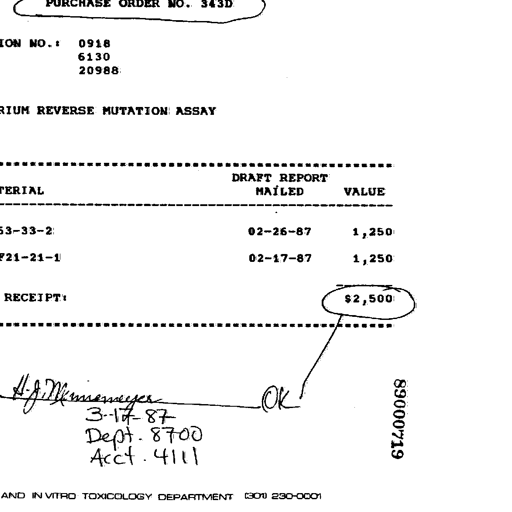
PURCHASE ORDER NO. 343D
ION NO.: 0918
6130
20988
RIUM REVERSE MUTATION ASSAY
DRAFT REPORT
TERIAL MAILED VALUE
53-33-2 02-26-87 1,250
F21-21-1 02-17-87 1,250
RECEIPT: $2,500
H. J. Niememeyer
3-17-87
Dept. 8700
Acct. 4111
OK
89000719
AND IN VITRO TOXICOLOGY DEPARTMENT (301) 230-0001